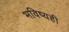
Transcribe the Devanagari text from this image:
भविष्यही